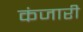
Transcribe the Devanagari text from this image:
कंजारी